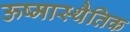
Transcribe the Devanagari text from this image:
ऊष्मास्थैतिक